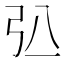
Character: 𢎲